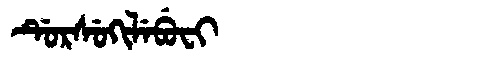
Manchu: ᡩᡠᡵᠰᡠᡴᡳᠯᡝᠪᡠᠸᡳ
Romanization: DURSUKILEBUFI